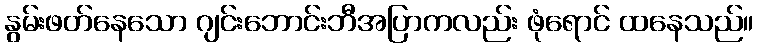
နွမ်းဖတ်နေသော ဂျင်းဘောင်းဘီအပြာကလည်း ဖုံရောင် ထနေသည်။